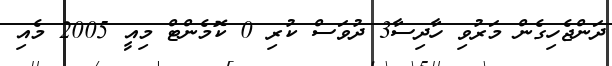
ދަންޖެހިގެން މަރުވި ހާދިސާ3 ދުވަސް ކުރި 0 ކޮމެންޓް މިއީ 2005 މެއި